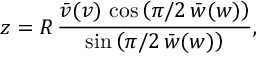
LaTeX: z = R \, \frac { \bar { v } ( v ) \, \cos \left( \pi / 2 \, \bar { w } ( w ) \right) } { \sin \left( \pi / 2 \, \bar { w } ( w ) \right) } ,